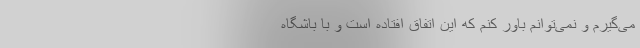
می‌گیرم و نمی‌توانم باور کنم که این اتفاق افتاده است و با باشگاه